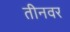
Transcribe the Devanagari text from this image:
तीनवर